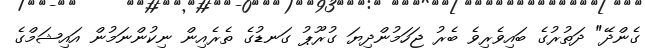
ގެންދޭ" ދަތުރުގެ ބައިވެރިވެ ބެރު ޖަހަމުންދިޔަ ގުރޫޕު ގަނޑުގެ ތެރެއިން ނިކުންނަމުން އައިޝަމްގެ